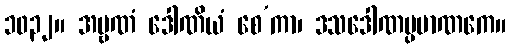
၁၀၃၂။ အမ္ဗဏံ ဒေါဏိယံ စေ’ကာ၊ ဒသဒေါဏပ္ပမာဏကေ။